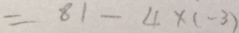
= 8 1 - 4 \times ( - 3 )